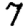
Digit: 7